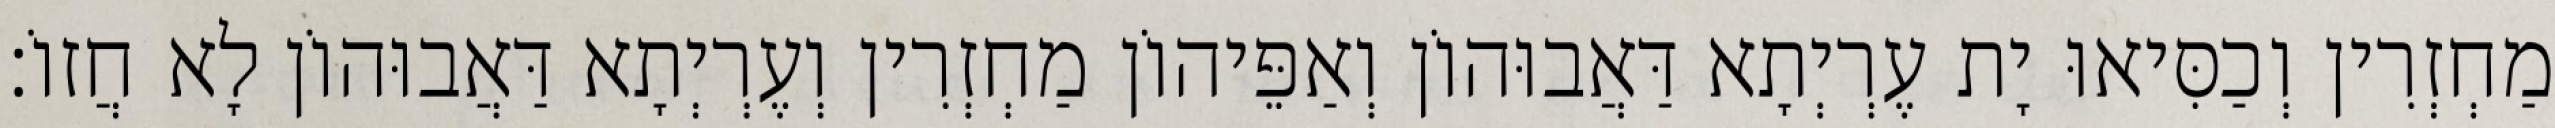
מַחְזְרִין וְכַסִּיאוּ יָת עֶרְיְתָא דַּאֲבוּהוֹן וְאַפֵּיהוֹן מַחְזְרִין וְעֶרְיְתָא דַּאֲבוּהוֹן לָא חֲזוֹ׃